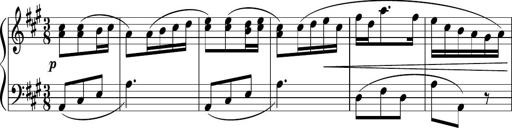
Title: 12 Keyboard Sonatinas
Composer: James Hook